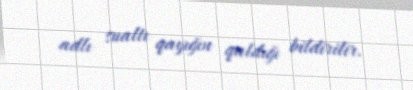
adlı sualtı qayığın qaldığı bildirilir.